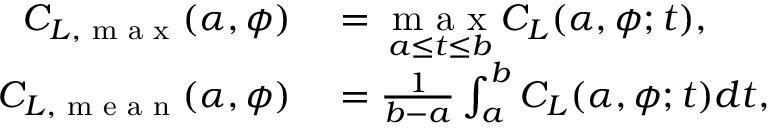
\begin{array} { r l } { C _ { L , \textrm { m a x } } ( \alpha , \phi ) } & { { } = \underset { a \le t \le b } { \textrm { m a x } } C _ { L } ( \alpha , \phi ; t ) , \; } \\ { C _ { L , \textrm { m e a n } } ( \alpha , \phi ) } & { { } = \frac { 1 } { b - a } \int _ { a } ^ { b } C _ { L } ( \alpha , \phi ; t ) d t , } \end{array}